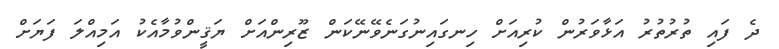
ދެ ފައި ތުރުތުރު އަޅާވަރުން ކުރިއަށް ހިނގައިނުގަނެވޭނޭކަން ޒޫރިންއަށް ޔަޤީންވުމާއެކު އަމިއްލަ ފަޔަށް